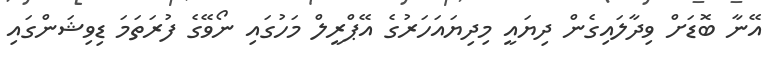
އޭނާ ބޮޑަށް ވިދާލައިގެން ދިޔައީ މިދިޔައަހަރުގެ އޭޕްރީލް މަހުގައި ނޯވޭގެ ފުރަތަމަ ޑިވިޝަންގައި